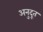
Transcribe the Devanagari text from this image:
अनुदूत